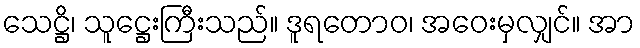
သေဋ္ဌိ၊ သူဋ္ဌေးကြီးသည်။ ဒူရတောဝ၊ အဝေးမှလျှင်။ အာ